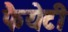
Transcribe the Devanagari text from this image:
फैयेटी